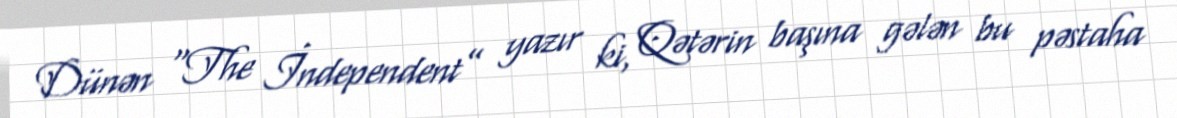
Dünən “The İndependent” yazır ki, Qətərin başına gələn bu pəstaha